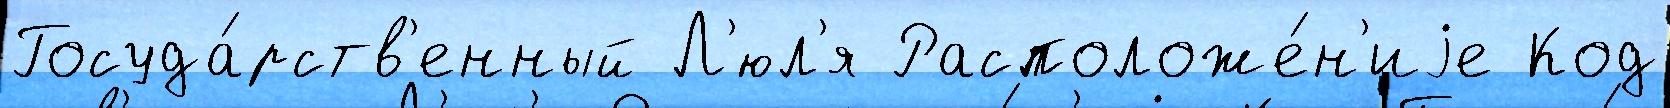
Госуда́рств'енный Л'юл'я Расположе́н'иjе Код